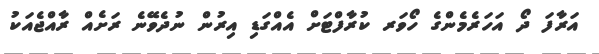
އަރާފަ ދޯ އަހަރެމެންގެ ހޯވަރ ކުރާފްޓަށް އެއްގަޑި އިރުން ނުދެވޭނެ ރަށެއް ރާއްޖެއަކު